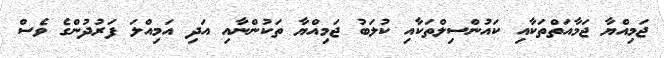
ޖަމިއްޔާ ޖަމާއަތްތަކާއި ކައުންސިލްތަކާއި ކުލަބު ޖަމިއްޔާ ތަކުންނާއި އަދި އަމިއްލަ ފަރުދުންގެ ވެސް